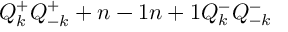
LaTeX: Q _ { k } ^ { + } Q _ { - k } ^ { + } + { { n - 1 } \o { n + 1 } } Q _ { k } ^ { - } Q _ { - k } ^ { - }